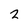
Character: 2